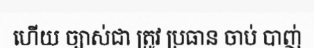
ហើយ ច្បាស់ជា ត្រូវ ប្រធាន ចាប់ បាញ់